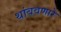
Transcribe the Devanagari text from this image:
थांबवणारे